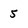
Character: 5